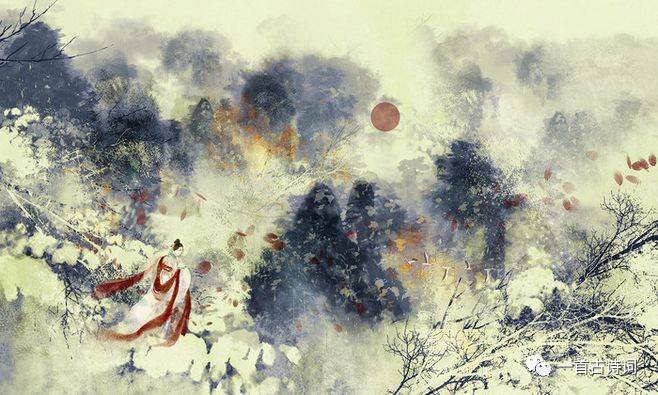
自别后遥山隐隐，更那堪远水粼粼。